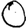
Digit: 0